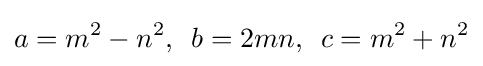
a=m^{2}-n^{2},\ \,b=2mn,\ \,c=m^{2}+n^{2}